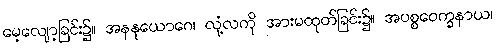
မေ့လျော့ခြင်း၌။ အနနုယောဂေ၊ လုံ့လကို အားမထုတ်ခြင်း၌။ အပစ္စဝေက္ခနာယ၊